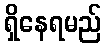
ရှိနေရမည်